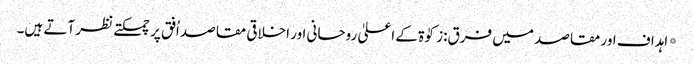
* اہداف اور مقاصد میں فرق:زکوٰۃ کے اعلیٰ روحانی اور اخلاقی مقاصد اُفق پر چمکتے نظر آتے ہیں۔